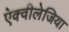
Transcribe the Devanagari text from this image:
ऐक्वीलेजिया